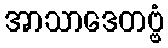
အာသာဒေတဗ္ဗံ